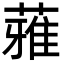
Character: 蕥